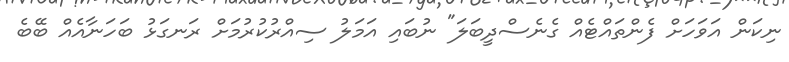
ނިކަން އަވަހަށް ފެންތައްޓެއް ގެނެސްދީބަލަ" ނުބައި އަމަލު ސިއްރުކުރުމަށް ރަނގަޅު ބަހަނާއެއް ބޭބެ